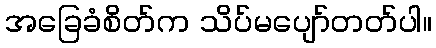
အခြေခံစိတ်က သိပ်မပျော်တတ်ပါ။